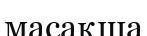
масақша